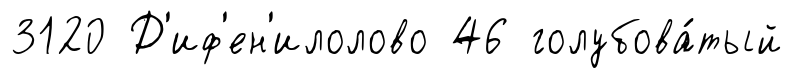
3120 Д'иф'ен'илолово 46 голубова́тый